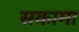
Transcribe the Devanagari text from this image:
सकामा